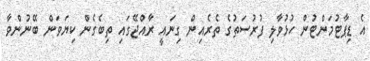
އެ ޑިޕާޓުމަންޓުން ހުޅުވާލި ފުރުސަތުގެ ތެރެއިން ގިނައީ ރާއްޖޭގައި ތިބެގެން ކިޔަވަން ބޭނުންވާ